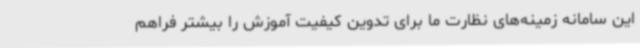
این سامانه زمینه‌های نظارت ما برای تدوین کیفیت آموزش را بیشتر فراهم